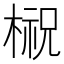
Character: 𣘌